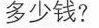
多少钱?